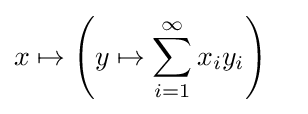
{\begin{aligned}x&\mapsto \left(y\mapsto \sum _{i=1}^{\infty }x_{i}y_{i}\right)\end{aligned}}